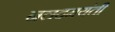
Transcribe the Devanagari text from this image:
नलदमयंती